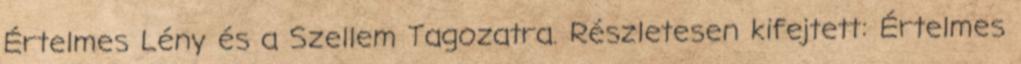
Értelmes Lény és a Szellem Tagozatra. Részletesen kifejtett: Értelmes